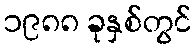
၁၉၈၈ ခုနှစ်တွင်